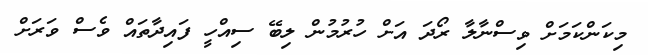
މިކަންކަމަށް ވިސްނާލާ ރޯދަ އަށް ހުރުމުން ލިބޭ ސިއްހީ ފައިދާތައް ވެސް ވަރަށް